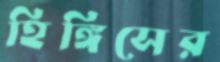
হিঙ্গিসের